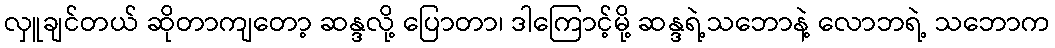
လှူချင်တယ် ဆိုတာကျတော့ ဆန္ဒလို့ ပြောတာ၊ ဒါကြောင့်မို့ ဆန္ဒရဲ့သဘောနဲ့ လောဘရဲ့ သဘောက